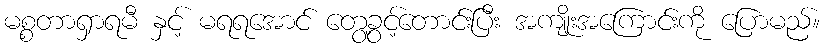
မစ္စတာရှာရမီ နှင့် မရရအောင် တွေ့ခွင့်တောင်းပြီး အကျိုးအကြောင်းကို ပြောမည်။